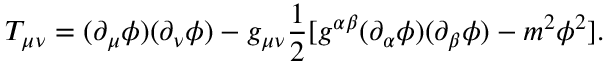
T _ { \mu \nu } = ( \partial _ { \mu } \phi ) ( \partial _ { \nu } \phi ) - g _ { \mu \nu } \frac { 1 } { 2 } [ g ^ { \alpha \beta } ( \partial _ { \alpha } \phi ) ( \partial _ { \beta } \phi ) - m ^ { 2 } \phi ^ { 2 } ] .